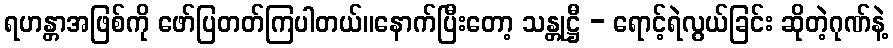
ရဟန္တာအဖြစ်ကို ဖော်ပြတတ်ကြပါတယ်။နောက်ပြီးတော့ သန္တုဋ္ဌီ - ရောင့်ရဲလွယ်ခြင်း ဆိုတဲ့ဂုဏ်နဲ့